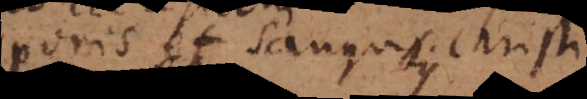
corporis et sanguinis Christi